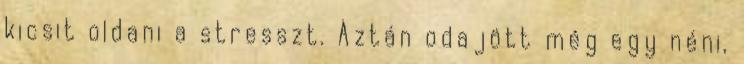
kicsit oldani a stresszt. Aztán odajött még egy néni,